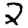
Digit: 2